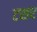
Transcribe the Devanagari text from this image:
टशर